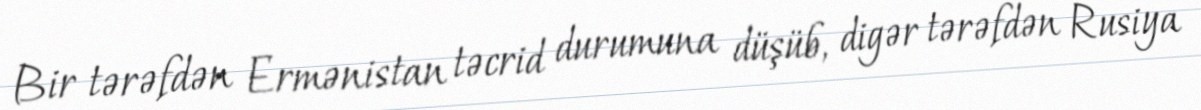
Bir tərəfdən Ermənistan təcrid durumuna düşüb, digər tərəfdən Rusiya